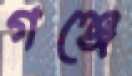
গঞ্জে